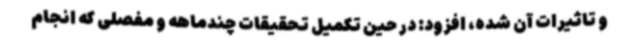
و تاثیرات آن شده، افزود: در حین تکمیل تحقیقات چندماهه و مفصلی که انجام